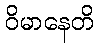
ဝိမာနေတိ